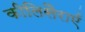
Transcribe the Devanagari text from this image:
कीलिसैराएँ